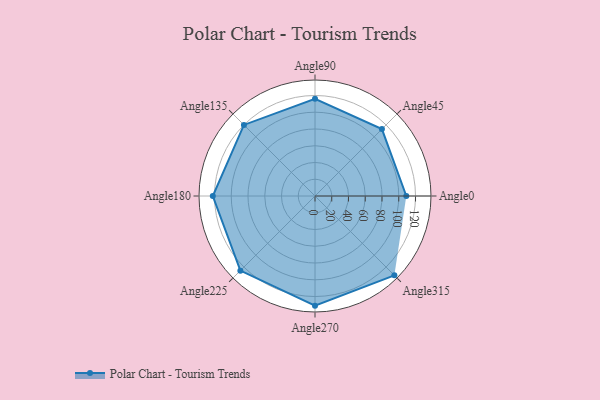
{"axis": {"x": "Angle", "y": "Radius"}, "legend": [""], "data": [{"x": "Angle0", "y": 109.0, "type": ""}, {"x": "Angle45", "y": 113.0, "type": ""}, {"x": "Angle90", "y": 116.0, "type": ""}, {"x": "Angle135", "y": 120.0, "type": ""}, {"x": "Angle180", "y": 122.0, "type": ""}, {"x": "Angle225", "y": 126.0, "type": ""}, {"x": "Angle270", "y": 131.0, "type": ""}, {"x": "Angle315", "y": 134.0, "type": ""}]}